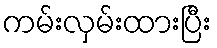
ကမ်းလှမ်းထားပြီး